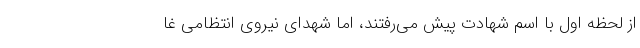
از لحظه اول با اسم شهادت پیش می‌رفتند، اما شهدای نیروی انتظامی غا